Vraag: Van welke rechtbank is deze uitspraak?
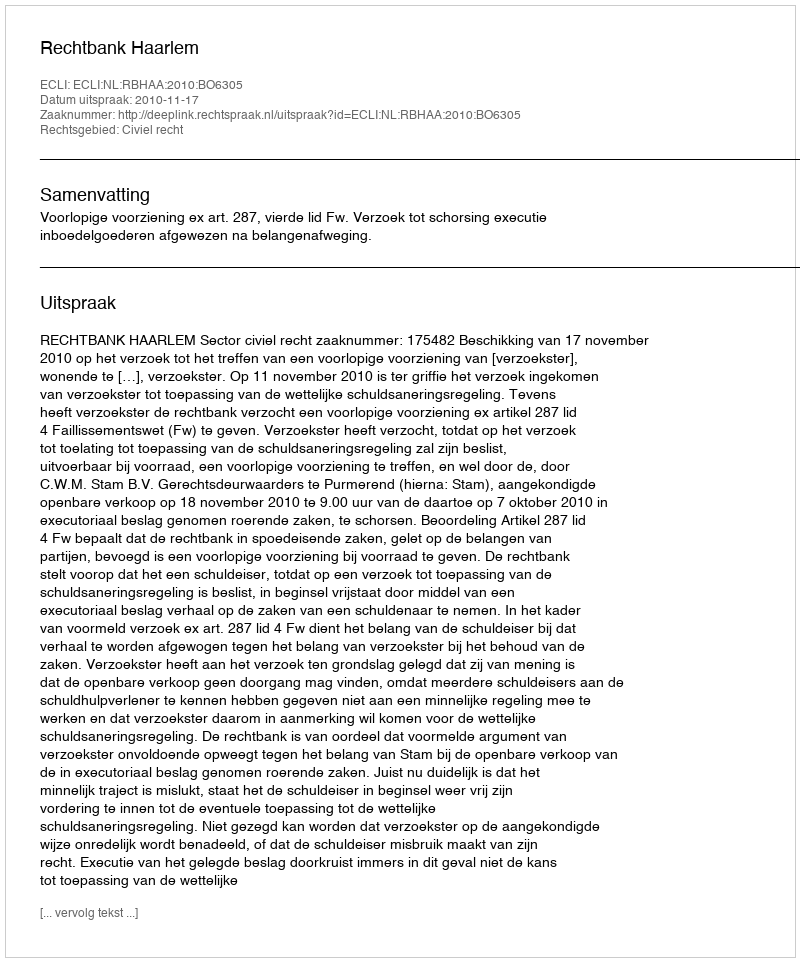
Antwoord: Rechtbank Haarlem